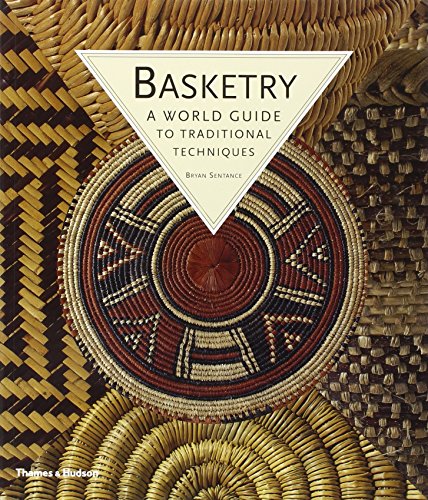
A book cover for Basketry: A World Guide to Traditional Techniques; Bryan Sentance; Crafts, Hobbies & Home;